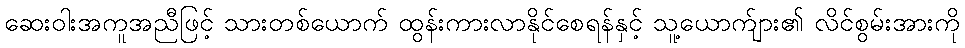
ဆေးဝါးအကူအညီဖြင့် သားတစ်ယောက် ထွန်းကားလာနိုင်စေရန်နှင့် သူ့ယောက်ျား၏ လိင်စွမ်းအားကို